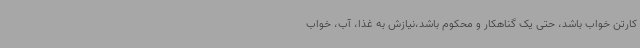
کارتن خواب باشد، حتی یک گناهکار و محکوم باشد،نیازش به غذا، آب، خواب